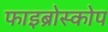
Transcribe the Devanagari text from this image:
फाइब्रोस्कोप